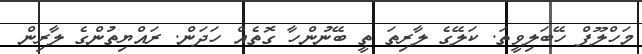
މަހްލޫފް ހޭބަލިވީތަ. ކަލޭގެ ލާރިތަ ތީ ބޭނުންހާ ގޮތެއް ހަދަން. ރައްޔިތުންގެ ލާރިން